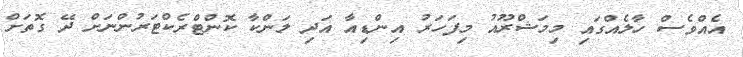
އެއްވެސް ހާލެއްގައި މިމަޝްރޫއު މިފަހަރު އިންޑިއާ އަދި ލަންކާ ކޮންޓްރެކްޓަރުންނަށް ދޭ ގޮތަށް